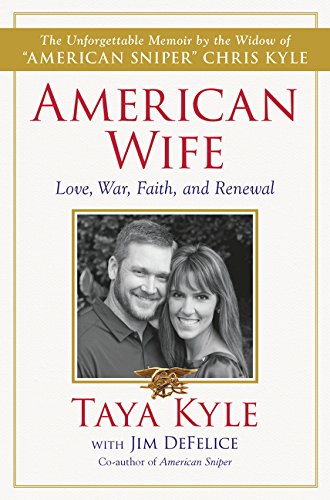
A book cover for American Wife: A Memoir of Love, War, Faith, and Renewal; Taya Kyle; Parenting & Relationships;